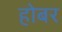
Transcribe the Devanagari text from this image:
होबर